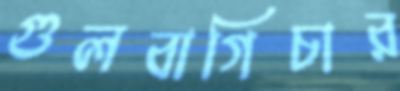
গুলবাগিচার